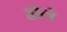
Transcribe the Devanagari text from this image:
होटो